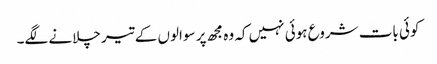
کوئی بات شروع ہوئی نہیں کہ وہ مجھ پر سوالوں کے تیر چلانے لگے۔